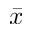
\bar { x }